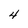
Character: 4